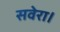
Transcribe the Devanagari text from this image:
सवेरा।